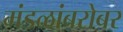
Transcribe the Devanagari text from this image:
मंडळांबरोबर